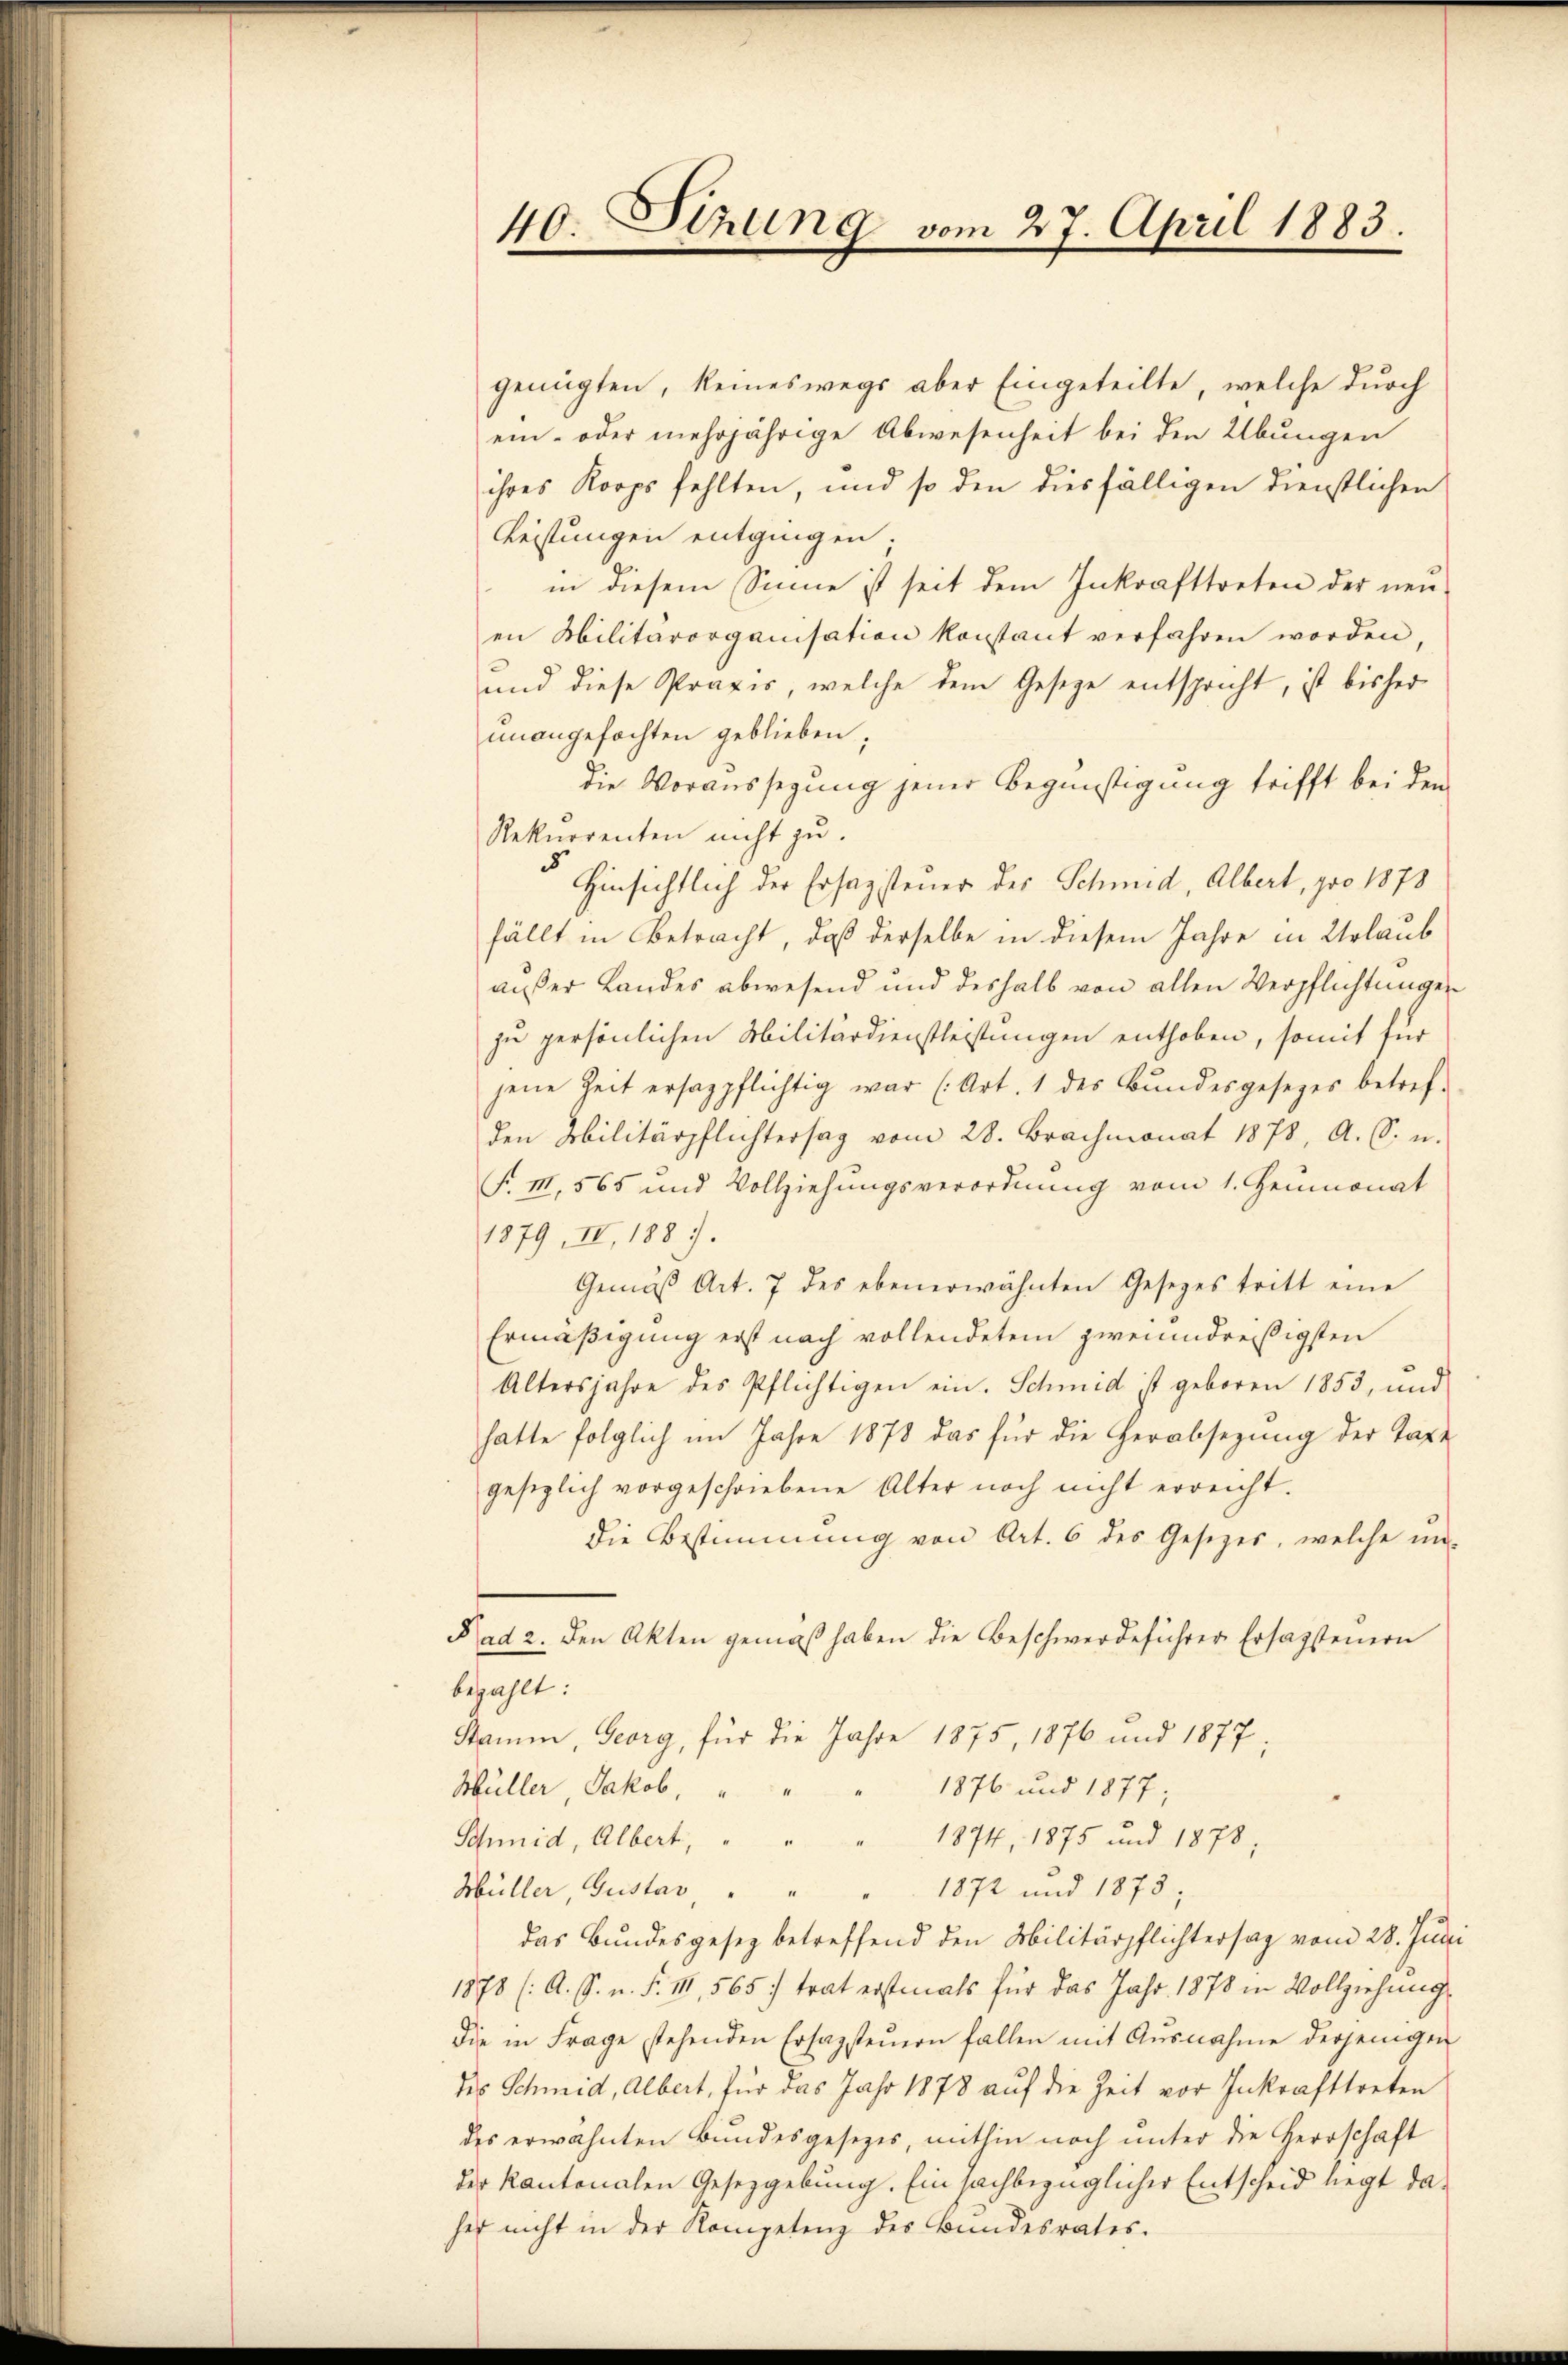
genügten, keineswegs aber Eingeteilte, welche durch
ein- oder mehrjährige Abwesenheit bei den Übungen
ihres Korps fehlten, und so den diesfälligen Dienstlichen
Leistungen entgingen;
in diesem Sinne ist seit dem Inkrafttreten der neu-
en Militärorganisation konstant verfahren worden,
und diese Praxis, welche dem Gesetze entspricht, ist bisher
unangefochten geblieben;
die Voraussegung jener Begünstigung trifft bei dem
Rekurrenten nicht zu.
 Hinsichtlich der Erhazsteuer der Schmid, Albert, pro 1873
fällt in Betracht, daß derselbe in diesem Jahre in Urlaub
außer Landes abwesend und deshalb von allen Verpflichtungen
zu persönlichen Militärdienstleistungen enthoben, somit für
jene Zeit ersagpflichtig war (Art. 1 des Bŭndesgesezes betref-
den Militärpflichtersag vom 28. Brachmonat 1878, A. S. u.
F. III, 565 und Vollziehungsverordnŭng vom 1. Heumonat
1879, IV, 188.
Gemäβ Art. 7 des ebenerwähnten Gesetzes tritt eine
Ermäßigung erst nach vollendetem zweiundreißigsten
Altersjahre des Pflichtigen ein. Schmid ist geboren 1853, und
hatte folglich im Jahre 1878 das für die Herabsezung der Taxe
gesezlich vorgeschriebene Alter noch nicht erreicht.
die Bestimmung von Art. 6 des Gesetzes, welche un-
Rad 2. Den Akten gemäß haben die Beschwerdeführer Ersagstenern
bezahlt:
Stamm, Georg, für die Jahre 1875, 1876 und 1877;
Müller, Jakob, " " " 1876 und 1877;
Schmid, Albert, " " " 1874, 1875 und 1878,
1872 und 1875
Müller, Gustav, " "
das Bundesgesez betreffend den Militärpflichtersag vom 28. Juni
1878 (A. S. n. F. III, 565 :) trat erstmals für das Jahr 1878 in Vollziehung
die in Frage stehenden Ersagsteŭern fallen mit Ausnahme derjenigen
des Schmid, Albert, für das Jahr 1878 auf die Zeit vor Inkrafttreten
des erwähnten Bundesgesetzes, mithin noch ŭnter die Herrschaft
der Kantonalen Gesetzgebung. Ein sachbezüglicher Entscheid liegt daher nicht in der Kompetenz des Bundesrates.

40. Stzung vom 27. April 1883.